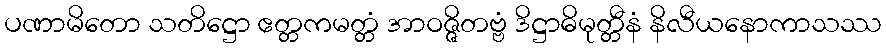
ပဏာမိတော သတိဋ္ဌော ဧတ္တကမတ္တံ အာဝဇ္ဇိတဗ္ဗံ ဒိဋ္ဌာဓိမုတ္တီနံ နိလီယနောကာသဿ